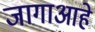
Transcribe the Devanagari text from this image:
जागाआहे